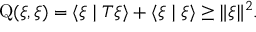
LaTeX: \operatorname { Q } ( \xi , \xi ) = \langle \xi \mid T \xi \rangle + \langle \xi \mid \xi \rangle \geq \| \xi \| ^ { 2 } .